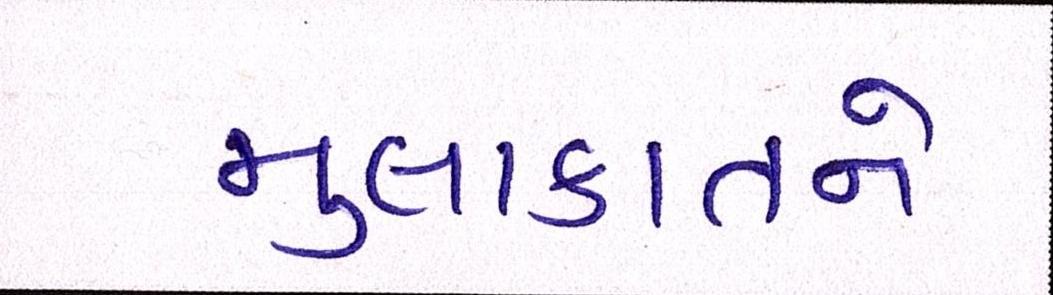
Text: મુલાકાતને